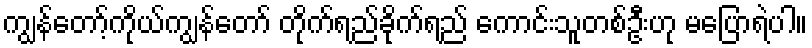
ကျွန်တော့်ကိုယ်ကျွန်တော် တိုက်ရည်ခိုက်ရည် ကောင်းသူတစ်ဦးဟု မပြောရဲပါ။